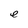
Character: e